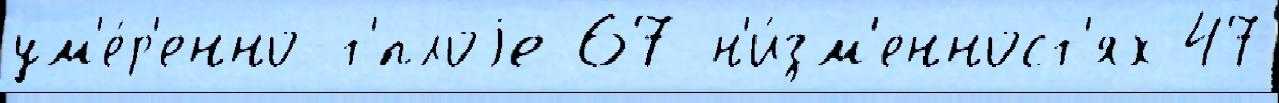
ум'е́р'енно-т'́плоjе 67 н'и́зм'енност'ях 47